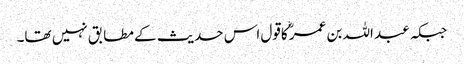
جبکہ عبد اللہ بن عمرؓ کاقول اس حدیث کے مطابق نہیں تھا۔